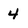
Character: 4